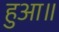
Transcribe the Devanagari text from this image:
हुआ॥